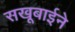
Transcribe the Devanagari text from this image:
सखूबाईने